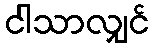
ငါသာလျှင်